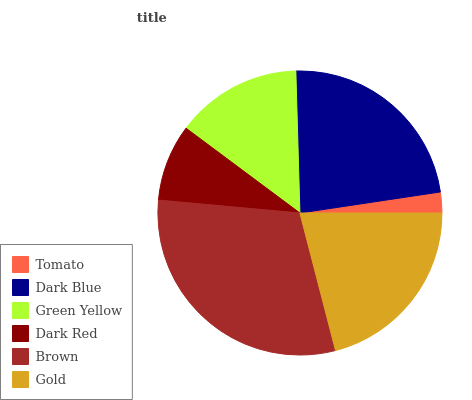
| Tomato | Dark Blue | Green Yellow | Dark Red | Brown | Gold |
 | --- | --- | --- | --- | --- | --- |
 | 2.35% | 23.1% | 14.3% | 8.73% | 30.5% | 21% |